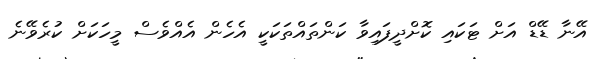
އޭނާ ޑޭޑް އަށް ޓަކައި ކޮށްދީފައިވާ ކަންތައްތަކަކީ އެހެން އެއްވެސް މީހަކަށް ކުރެވޭނެ